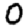
Digit: 0